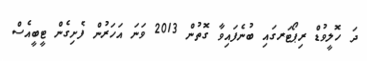
ދަ ހޮލީވުޑް ރިޕޯޓަރގައި ބުނެފައިވާ ގޮތުން 2013 ވަނަ އަހަރުން ފެށިގެން ޓީބީއެސް